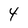
Character: 4